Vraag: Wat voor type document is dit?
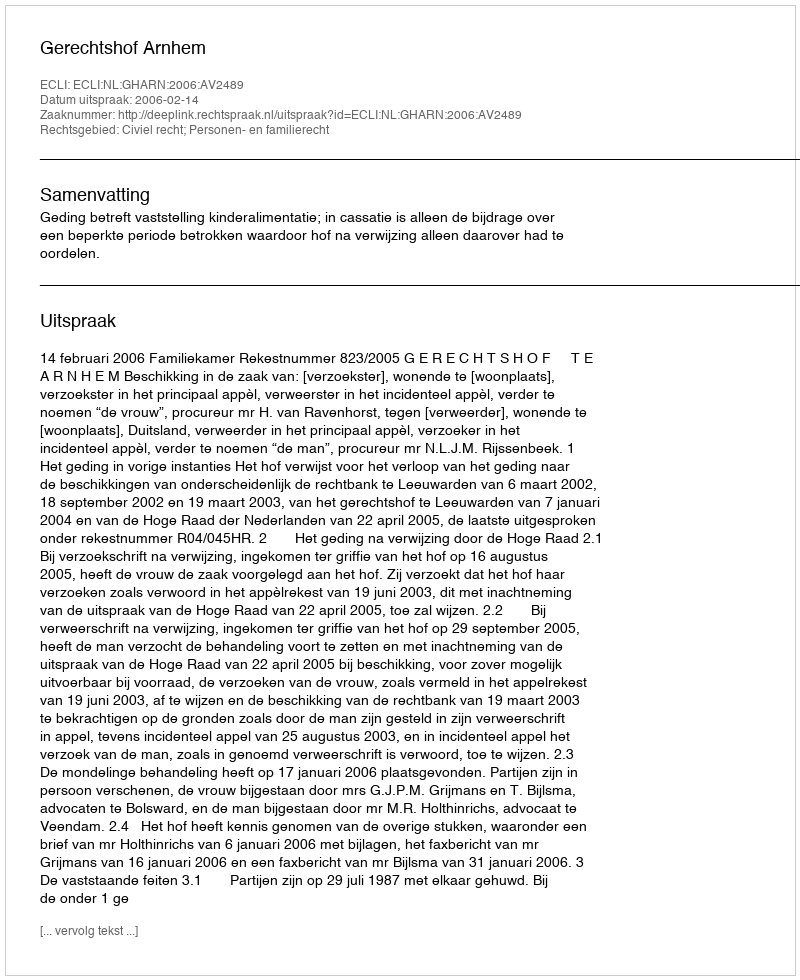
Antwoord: Uitspraak